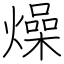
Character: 燥